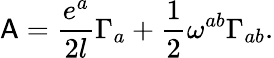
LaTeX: {\sf A}=\frac{e^{a}}{2l}\Gamma_{a}+\frac{1}{2}\omega^{ab}\Gamma_{ab}.